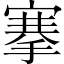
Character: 搴